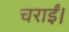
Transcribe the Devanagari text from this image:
चराईं।